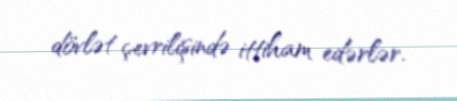
dövlət çevrilişində ittiham edərlər.